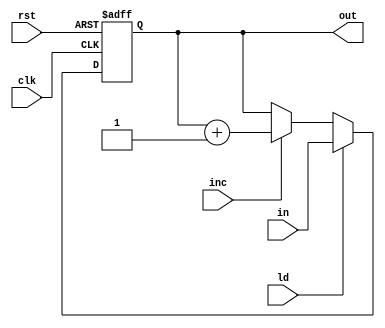
module reg4(input clk, input rst, input ld, input inc, input [3:0] in, output [3:0] out);

reg [3:0] out_next, out_reg;

assign out = out_reg;

always @(posedge clk, negedge rst) begin
	if(!rst) out_reg <= 4'h00;
	else out_reg <= out_next;
end

always @(*) begin
	out_next = out_reg;
	if(ld) out_next = in;
	else if(inc) out_next = out_reg + 1'b1;
end


endmodule